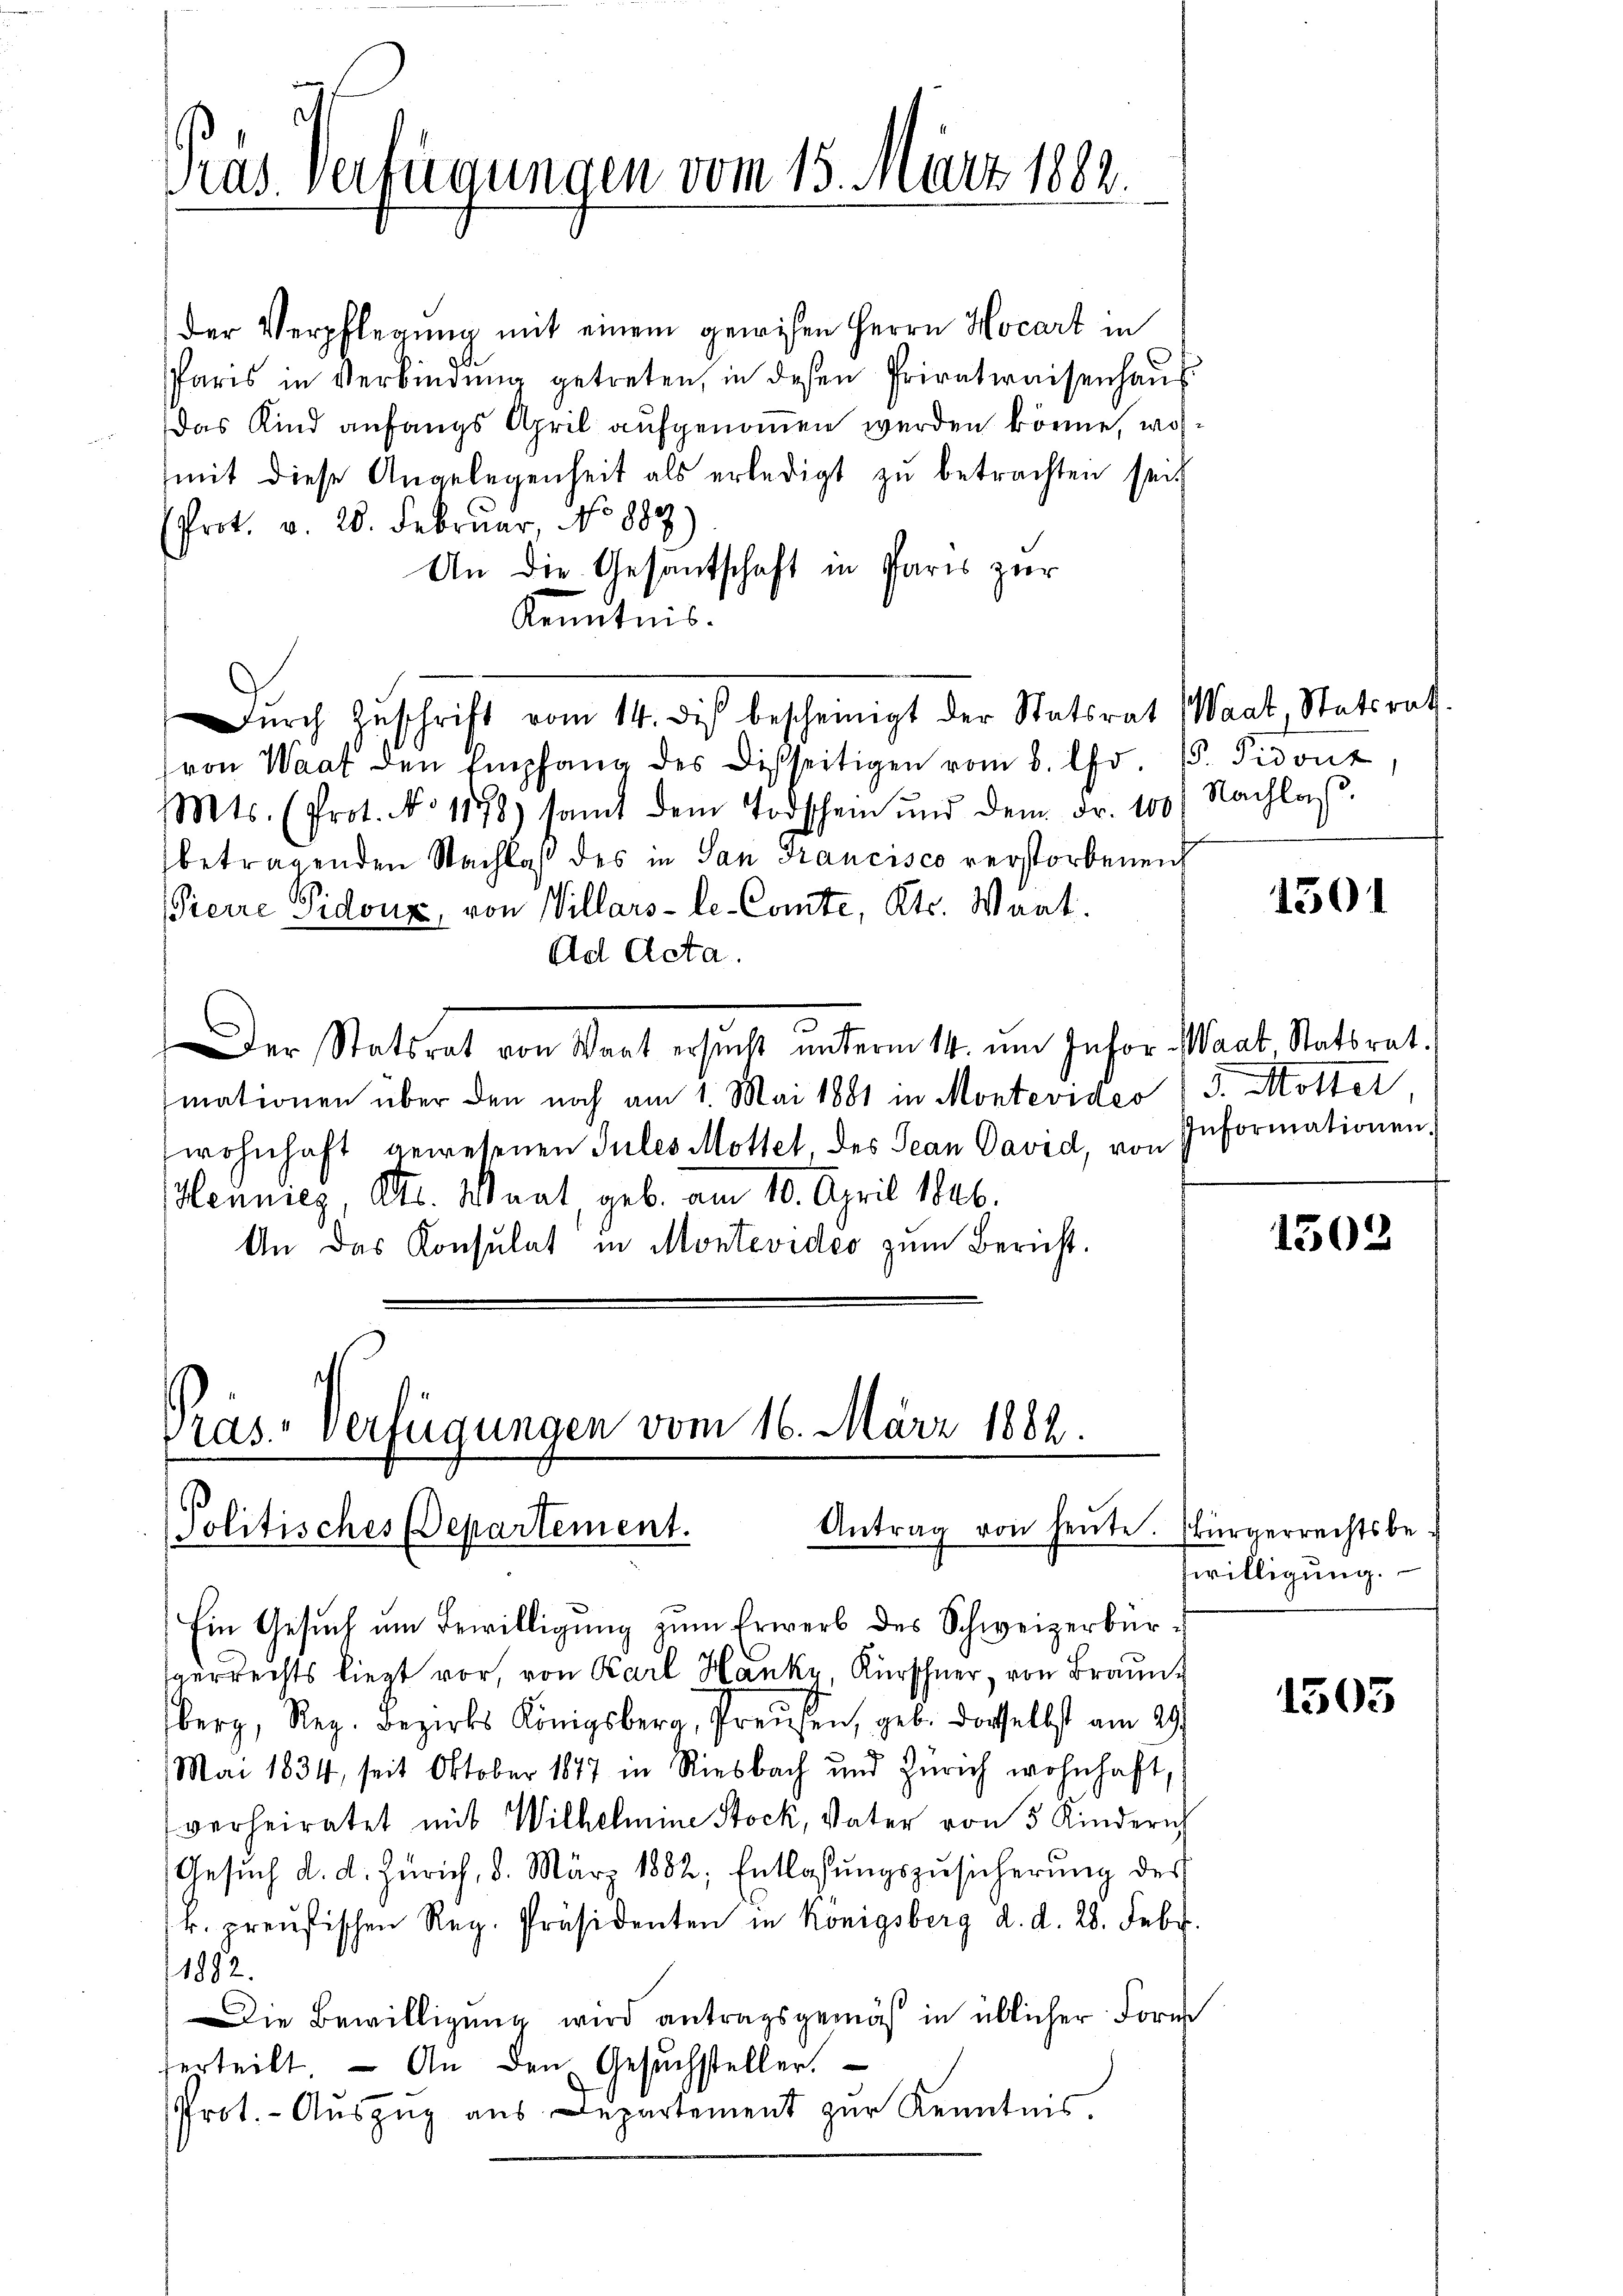
Pras. Verfügungen vom 15. März 1882.

der Verpflegung mit einem gewesen Herrn Hocart in
Paris in Verbindŭng getreten, in diesen Privatwaisenhaŭs.
Das Kind anfangs April aufgenommen werden könne, woh
(mit diese Angelegenheit als erledigt zu betrachten seit
Prot. v. 20. Februar, No 887)
An die Gesantschaft in Paris zur
Kenntnis.
Dŭrch Zuschrift vom 14. di bescheinigt der Statsrat (Waat Statsrath
von Waat den Empfang des Disseitigen vom 8. Chr. 15. Fidonz
Mts. (Prot. No 1178) samt dem Todschein und dem Fr. 100) Nachlaβ
betragenden Nachlaß des in San Francisco verstorbenen
Pierre Pidoux, von Villars-le- Comte, Kts. Waat.
Ad Acta.
der Statsrat von Wart ersŭcht ŭnterm 14. ŭm Infor-Waat Statsrat.
mationen über den noch am 1. Mai 1881 in Montevideo) J. Motter
wohnhaft gewesenen Sules Mottet, des Jean David, von Informationen.
Henniez, Kts. Waat, geb. am 10. April 1846.
An das Konsulat in Montevideo zum Bericht.

Pras-Verfügungen vom 16. März 1882.
Antrag von heute. Bürgerrechtsbe-
Politisches Departement.

Ein Gesuch um Bewilligung zum Erwerb des Schweizerbür¬
Herrechts liegt vor, von Karl Hanky, Kürschner, von Braunberg, Reg. Bezirks Königsberg, Preusen, geb. dasselbst am 29.
Mai 1834, seit Oktober 1877 in Riesbach und Zürich wohnhaft,
verheiratet mit Wilhelmine Stock, Vater von 5 Kinderich
Gesŭch d. d. Zürich, 8. März 1882; Entlassŭngszusicherŭng des
k. Kreŭfischen Reg. Präsidenten in Königsberg d. d. 28. Febr.
1882.
Die Bewilligŭng wird antragsgemäß in üblicher Form
herteilt. - An den Gesuchsteller.
Prot. - Aŭszŭg aŭs Departement zŭr Kenntnis.

1501

1302

zwilligung.

1505